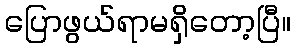
ပြောဖွယ်ရာမရှိတော့ပြီ။